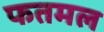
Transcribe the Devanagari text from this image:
फतमल